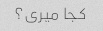
کجا میری؟